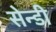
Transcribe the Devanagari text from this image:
सेन्डी